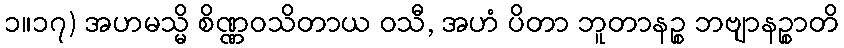
၁။၁၇) အဟမသ္မိ စိဏ္ဏဝသိတာယ ဝသီ, အဟံ ပိတာ ဘူတာနဉ္စ ဘဗျာနဉ္စာတိ